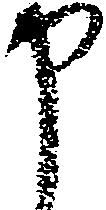
申